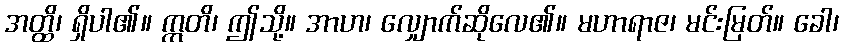
အတ္ထိ၊ ရှိပါ၏။ ဣတိ၊ ဤသို့။ အာဟ၊ လျှောက်ဆိုလေ၏။ မဟာရာဇ၊ မင်းမြတ်။ ခေါ၊